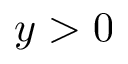
y > 0